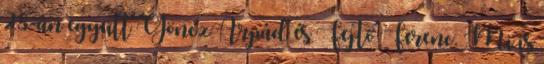
28-án együtt Göncz Árpád és Fejtő Ferenc. Mi is